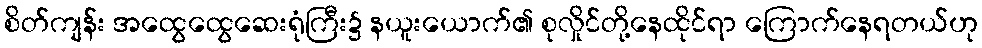
စိတ်ကျန်း အထွေထွေဆေးရုံကြီး၌ နယူးယောက်၏ စုလှိုင်တို့နေထိုင်ရာ ကြောက်နေရတယ်ဟု